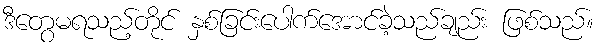
ဒီတွေမရသည့်တိုင် နှစ်ခြင်းပေါက်အောင်ခဲ့သည်ချည်း ဖြစ်သည်။